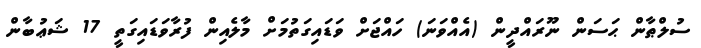
ސުލްޠާން ޙަސަން ނޫރައްދީން (އެއްވަނަ) ހައްޖަށް ވަޑައިގަތުމަށް މާލެއިން ފުރާވަޑައިގަތީ 17 ޝަޢުބާން